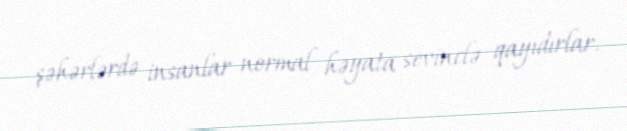
şəhərlərdə insanlar normal həyata sevinclə qayıdırlar.